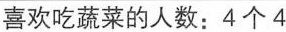
喜欢吃蔬菜的人数：4个4